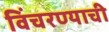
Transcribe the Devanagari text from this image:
विंचरण्याची